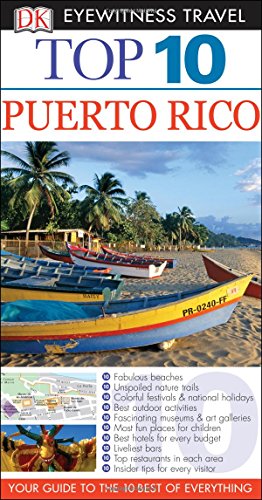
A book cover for Top 10 Puerto Rico (Eyewitness Top 10 Travel Guide); Christopher Baker; Travel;